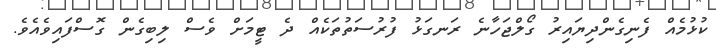
ކުޅުމެއް ފެނިގެންދިޔައިރު ގޯލްޖަހާނެ ރަނގަޅު ފުރުސަތުތަކެއް ދެ ޓީމަށް ވެސް ލިބިގެން ގޮސްފައިވެއެވެ.